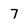
Character: 7